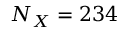
N _ { X } = 2 3 4